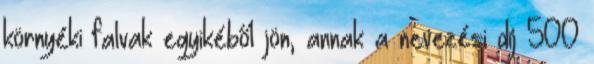
környéki falvak egyikéből jön, annak a nevezési díj 500